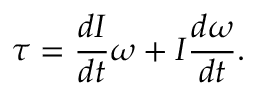
{ \boldsymbol { \tau } } = { \frac { d I } { d t } } { \boldsymbol { \omega } } + I { \frac { d { \boldsymbol { \omega } } } { d t } } .